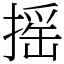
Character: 摇